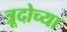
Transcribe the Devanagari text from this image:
त्रूदोच्या